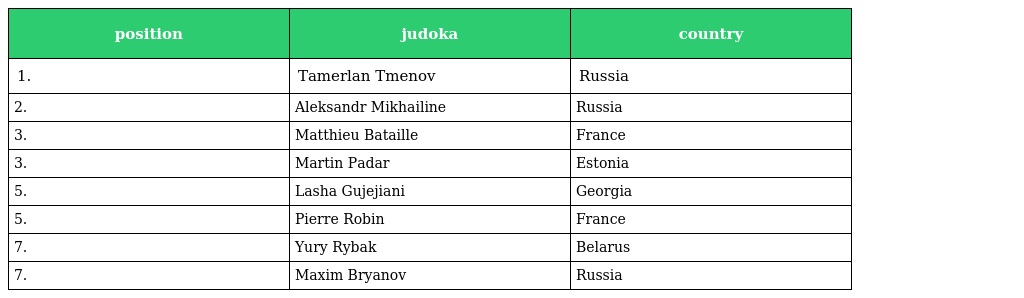
| position | judoka | country |
 | --- | --- | --- |
 | 1. | Tamerlan Tmenov | Russia |
 | 2. | Aleksandr Mikhailine | Russia |
 | 3. | Matthieu Bataille | France |
 | 3. | Martin Padar | Estonia |
 | 5. | Lasha Gujejiani | Georgia |
 | 5. | Pierre Robin | France |
 | 7. | Yury Rybak | Belarus |
 | 7. | Maxim Bryanov | Russia |